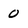
Character: 0